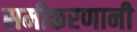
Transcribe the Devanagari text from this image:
समीकरणानी